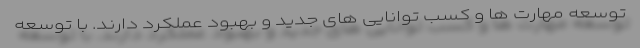
توسعه مهارت ها و کسب توانایی های جدید و بهبود عملکرد دارند. با توسعه